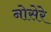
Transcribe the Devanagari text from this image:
नोसेरे